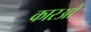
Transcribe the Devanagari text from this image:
कारओ